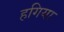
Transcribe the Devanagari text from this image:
हगिया